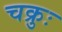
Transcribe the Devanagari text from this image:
चक्रुः